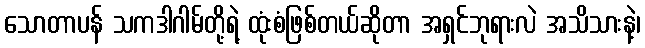
သောတာပန် သကဒါဂါမ်တို့ရဲ့ ထုံးစံဖြစ်တယ်ဆိုတာ အရှင်ဘုရားလဲ အသိသားနဲ့၊